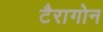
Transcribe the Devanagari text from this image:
टैरागोन